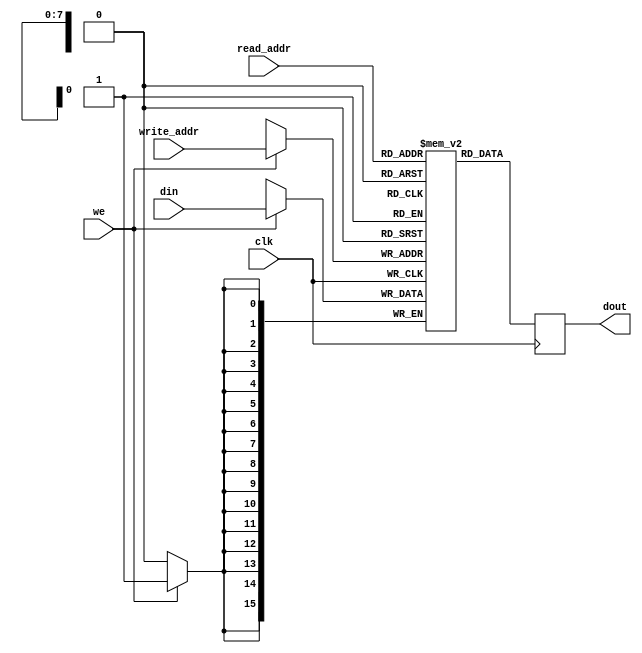
module ram_256x16 (
	input 		[7:0] 	read_addr,
	input 		[7:0] 	write_addr,
	input 		[15:0] 	din,
	input 					clk,
	input 					we,
	output reg	[15:0]	dout);
	
	reg [15:0] mem_array [0:255];
	
	always @(posedge clk) begin
		if (we)
			mem_array[write_addr] <= din;
		dout <= mem_array[read_addr]; // dout doesn't get din in this clock cycle
	end
	
endmodule